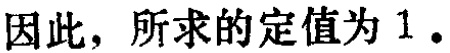
因此，所求的定值为 \(1\)。